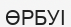
ӨРБУІ